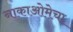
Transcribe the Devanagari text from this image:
नाकाओमेचा